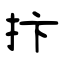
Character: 抃